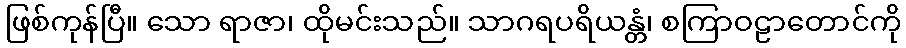
ဖြစ်ကုန်ပြီ။ သော ရာဇာ၊ ထိုမင်းသည်။ သာဂရပရိယန္တံ၊ စကြာဝဠာတောင်ကို